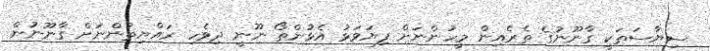
ސިޔާސަތަކީ ގާނޫނުގެ ތެރެއިން މީހުންނަށް ފިޔަވަޅު އެޅުންތޯ ނޫނީ ދިވެހި ރައްޔިތުންނަށް ގާނޫނުން